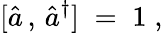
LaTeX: [{\hat{a}}\, ,\, {\hat{a}}^{\dagger}]\; =\; 1\; ,